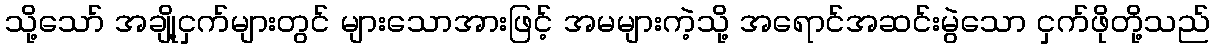
သို့သော် အချို့ငှက်များတွင် များသောအားဖြင့် အမများကဲ့သို့ အရောင်အဆင်းမွဲသော ငှက်ဖိုတို့သည်